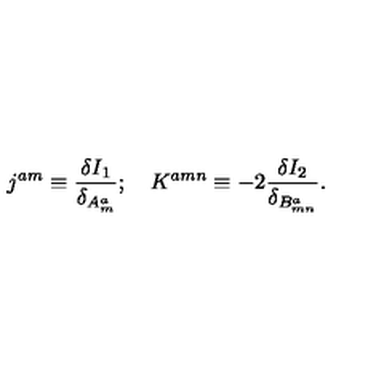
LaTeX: j ^ { a m } \equiv \frac { \delta I _ { 1 } } { \delta _ { A _ { m } ^ { a } } } ; \quad K ^ { a m n } \equiv - 2 \frac { \delta I _ { 2 } } { \delta _ { B _ { m n } ^ { a } } } .